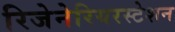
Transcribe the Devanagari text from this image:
रिजेनेरियरस्टेशन